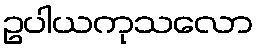
ဥပါယကုသလော